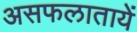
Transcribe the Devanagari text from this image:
असफलातायें